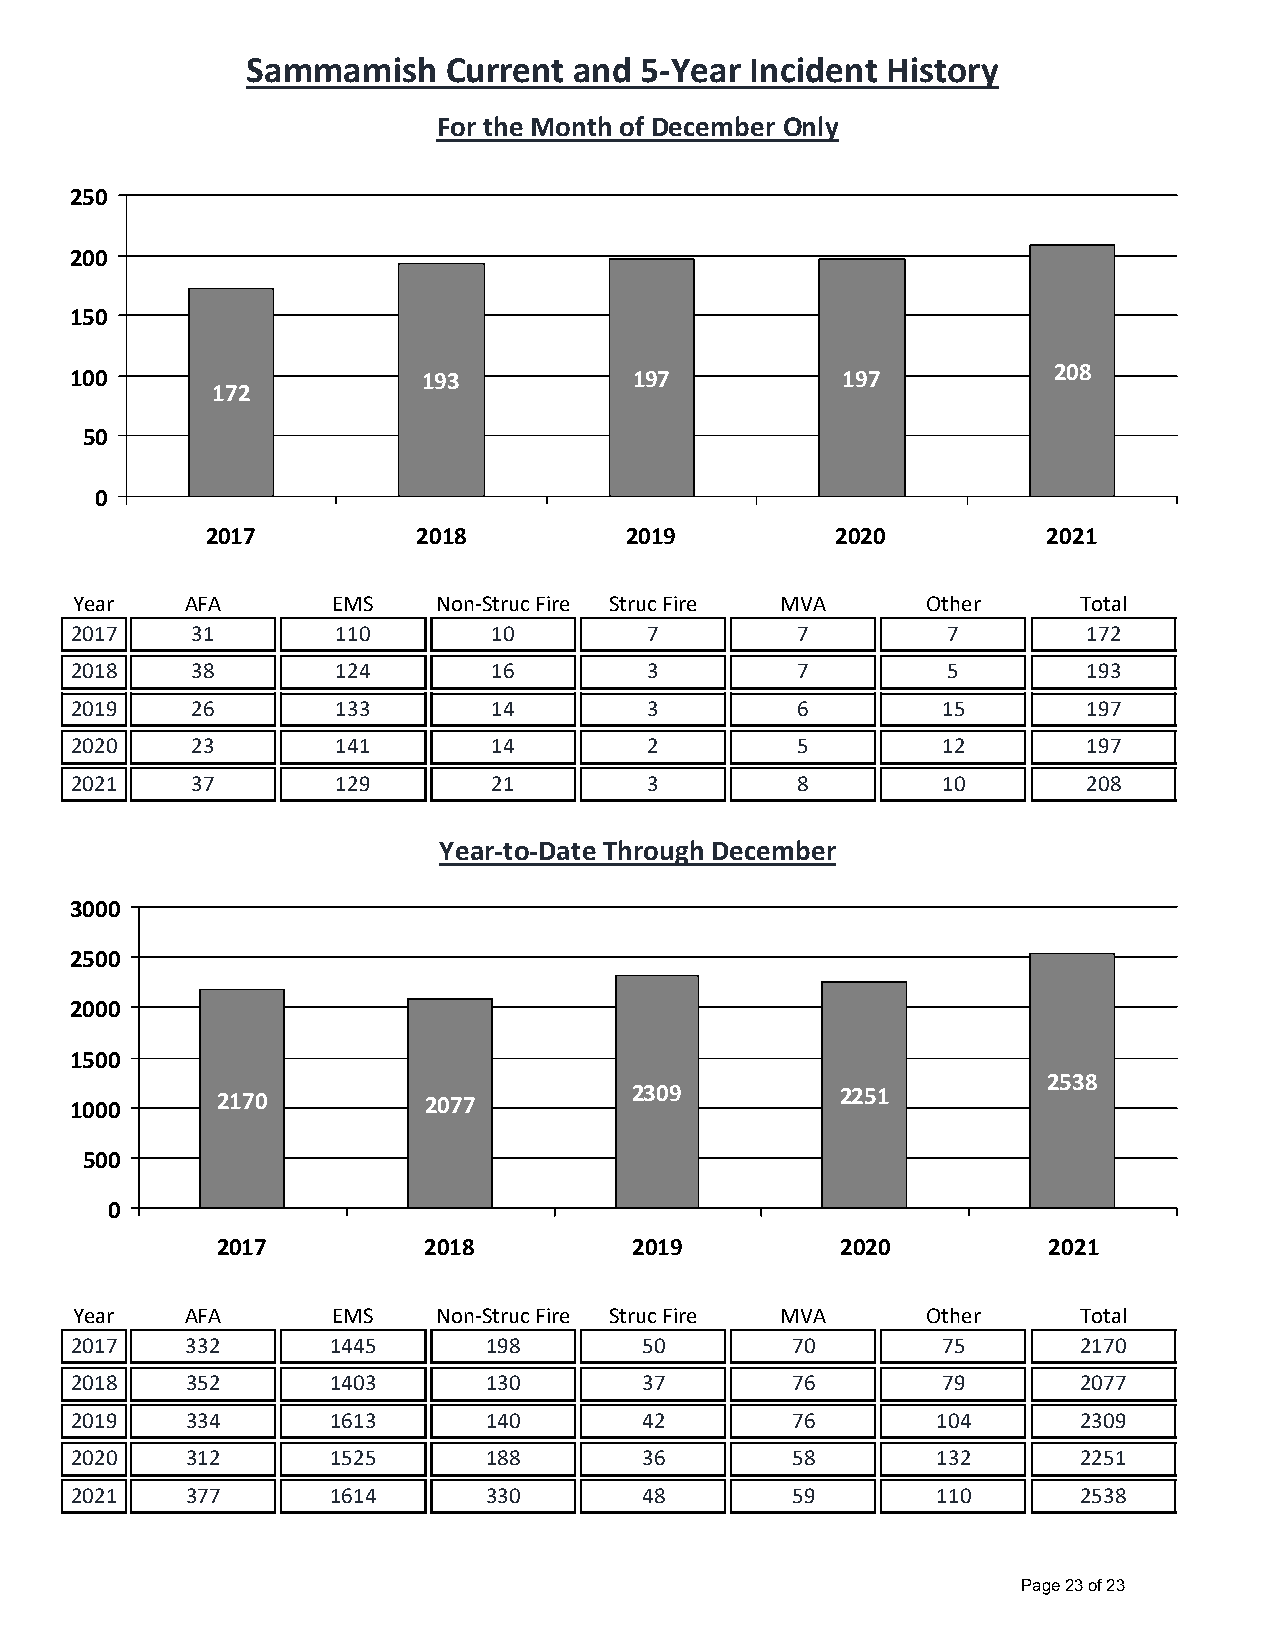
Sammamish    Current  and 5‐Year  Incident History
 For the Month of December Only
 250
 200
 150
 208
 100                    193           197           197
 172
 50
 0
 2017          2018         2019          2020          2021
 Year   AFA       EMS    Non‐Struc Fire Struc Fire MVA   Other     Total
 2017    31       110        10        7         7         7        172
 2018    38       124        16        3         7         5        193
 2019    26       133        14        3         6        15        197
 2020    23       141        14        2         5        12        197
 2021    37       129        21        3         8        10        208
 Year‐to‐Date Through December
 3000
 2500
 2000
 1500
 2538
 1000     2170          2077          2309          2251
 500
 0
 2017          2018          2019          2020         2021
 Year   AFA       EMS    Non‐Struc Fire Struc Fire MVA   Other     Total
 2017   332       1445      198       50        70        75        2170
 2018   352       1403      130       37        76        79        2077
 2019   334       1613      140       42        76        104       2309
 2020   312       1525      188       36        58        132       2251
 2021   377       1614      330       48        59        110       2538
 Page 23 of 23